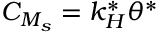
C _ { M _ { s } } = k _ { H } ^ { * } \theta ^ { * }